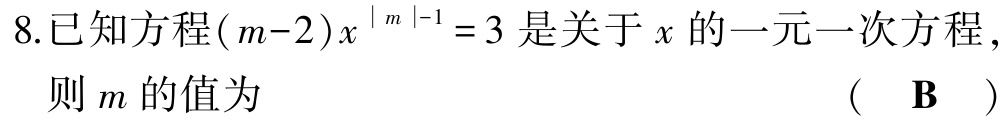
8.已知方程\((m - 2)x^{\vert m\vert - 1}=3\)是关于\(x\)的一元一次方程，则\(m\)的值为 （ B ）